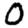
Digit: 0